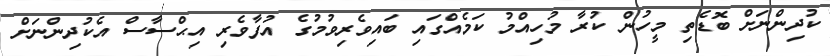
ކުދިންނަށް ބޮޑެތި މީހުން ކުރާ މުހިއްމު ކަމެއްގައި ބައިވެރިވުމުގެ އުފާވެރި އިޙްސާސް އެކުދިންނަށް